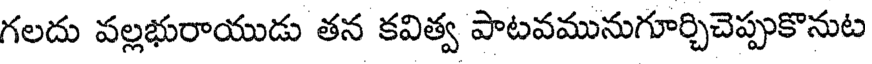
గలదు వల్లభురాయుడు తన కవిత్వ పాటవమునుగూర్చిచెప్పుకొనుట